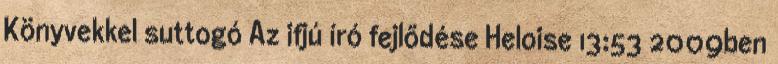
Könyvekkel suttogó Az ifjú író fejlődése Heloise 13:53 2009ben